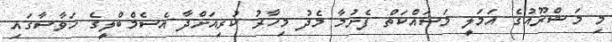
މި މަޝްރޫއުގެ އަމަލީ މަސައްކަތް ފެށުމާ މެދު މިހާރު ކުރިއަށްދާ އެސެމްބްލީގެ ހަވާސާގައި